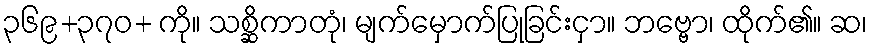
၃၆၉+၃၇၀+ ကို။ သစ္ဆိကာတုံ၊ မျက်မှောက်ပြုခြင်းငှာ။ ဘဗ္ဗော၊ ထိုက်၏။ ဆ၊